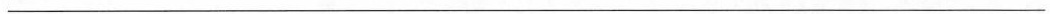
___